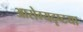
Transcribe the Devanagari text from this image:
आरोग्यदृष्टया